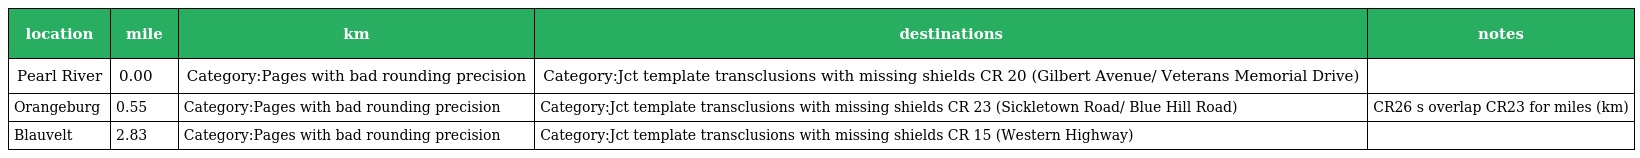
| location | mile | km | destinations | notes |
 | --- | --- | --- | --- | --- |
 | Pearl River | 0.00 | Category:Pages with bad rounding precision | Category:Jct template transclusions with missing shields CR 20 (Gilbert Avenue/ Veterans Memorial Drive) |  |
 | Orangeburg | 0.55 | Category:Pages with bad rounding precision | Category:Jct template transclusions with missing shields CR 23 (Sickletown Road/ Blue Hill Road) | CR26 s overlap CR23 for miles (km) |
 | Blauvelt | 2.83 | Category:Pages with bad rounding precision | Category:Jct template transclusions with missing shields CR 15 (Western Highway) |  |